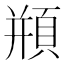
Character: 頩